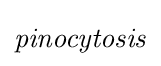
{\it {pinocytosis}}